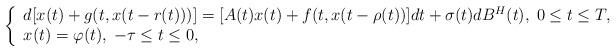
LaTeX: \begin{align*} \left\{\begin{array}{lll}d[x(t)+g(t,x(t-r(t)))]=[A(t)x(t)+f(t,x(t-\rho(t))]dt+\sigma(t)dB^H(t) ,\;0\leq t \leq T,\\x(t)=\varphi(t) ,\;-\tau \leq t \leq 0,\end{array}\right.\end{align*}